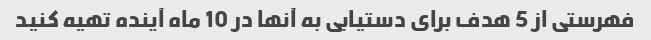
فهرستی از 5 هدف برای دستیابی به آنها در 10 ماه آینده تهیه کنید